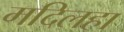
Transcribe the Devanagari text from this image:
मदिलहा